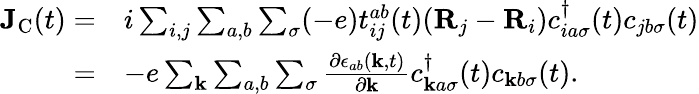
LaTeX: \begin{array}{rl}{\mathbf{J}_{\textrm{C}}(t)=}&{i\sum_{i,j}\sum_{a,b}\sum_{\sigma}(-e)t_{ij}^{ab}(t)(\mathbf{R}_{j}-\mathbf{R}_{i})c_{ia\sigma}^{\dagger}(t)c_{jb\sigma}(t)}\\ {=}&{-e\sum_{\mathbf{k}}\sum_{a,b}\sum_{\sigma}\frac{\partial\epsilon_{ab}(\mathbf{k},t)}{\partial\mathbf{k}}c_{\mathbf{k}a\sigma}^{\dagger}(t)c_{\mathbf{k}b\sigma}(t).}\end{array}